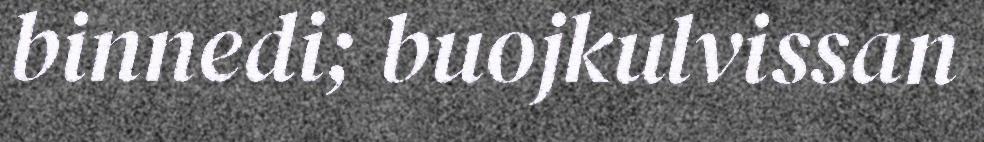
binnedi; buojkulvissan